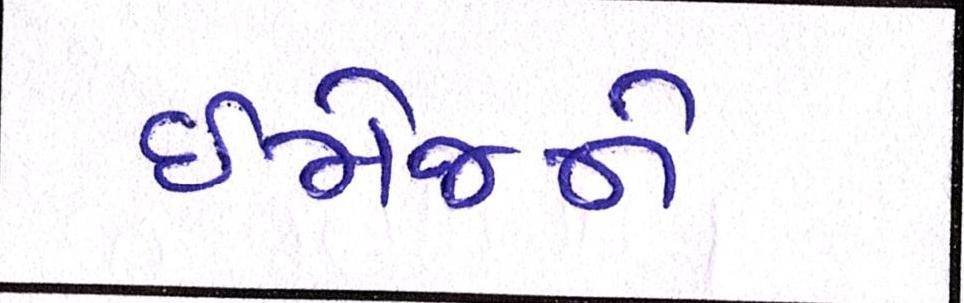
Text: ઈમેજને